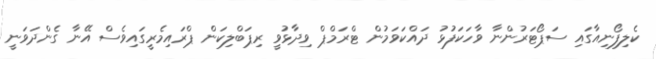
ކެލިފޯނިއާގައި ސަޕޯޓަރުންނާ ވާހަކަފުޅު ދައްކަވަމުން ޓްރަމްޕް ވިދާޅުވީ ރިޕަބްލިކަން ޕްރައިމެރީގައިވެސް އޭނާ ގެންދަވަނީ